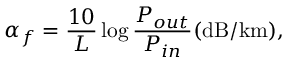
\alpha _ { f } = \frac { 1 0 } { L } \log \frac { P _ { o u t } } { P _ { i n } } \mathrm { ( d B / k m ) } ,